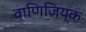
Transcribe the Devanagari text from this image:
वाणिज़िय्क